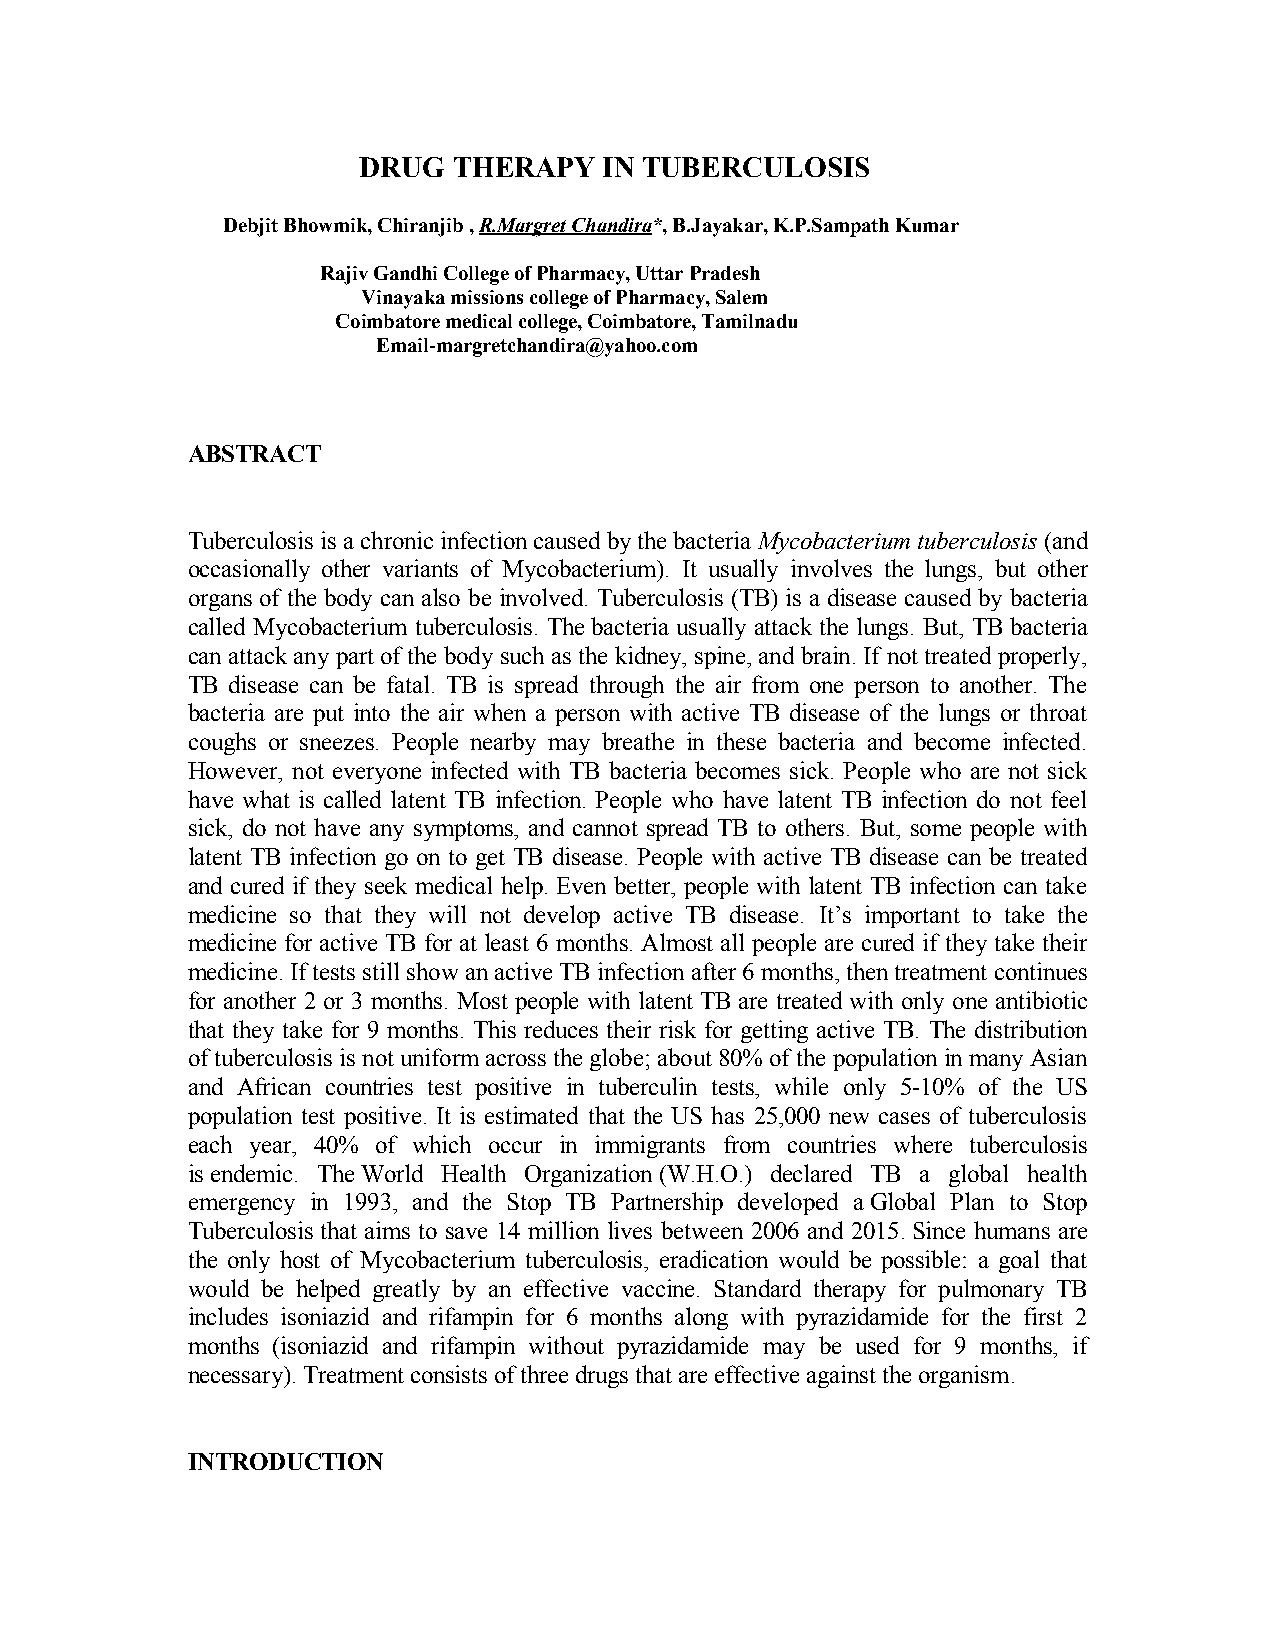
DRUG  THERAPY   IN TUBERCULOSIS
 Debjit Bhowmik, Chiranjib , R.Margret Chandira*, B.Jayakar, K.P.Sampath Kumar
 Rajiv Gandhi College of Pharmacy, Uttar Pradesh
 Vinayaka missions college of Pharmacy, Salem
 Coimbatore medical college, Coimbatore, Tamilnadu
 Email-margretchandira@yahoo.com
 ABSTRACT
 Tuberculosis is a chronic infection caused by the bacteria Mycobacterium tuberculosis (and
 occasionally other variants of Mycobacterium). It usually involves the lungs, but other
 organs of the body can also be involved. Tuberculosis (TB) is a disease caused by bacteria
 called Mycobacterium tuberculosis. The bacteria usually attack the lungs. But, TB bacteria
 can attack any part of the body such as the kidney, spine, and brain. If not treated properly,
 TB disease can be fatal. TB is spread through the air from one person to another. The
 bacteria are put into the air when a person with active TB disease of the lungs or throat
 coughs or sneezes. People nearby may breathe in these bacteria and become infected.
 However, not everyone infected with TB bacteria becomes sick. People who are not sick
 have what is called latent TB infection. People who have latent TB infection do not feel
 sick, do not have any symptoms, and cannot spread TB to others. But, some people with
 latent TB infection go on to get TB disease. People with active TB disease can be treated
 and cured if they seek medical help. Even better, people with latent TB infection can take
 medicine so that they will not develop active TB disease. It’s important to take the
 medicine for active TB for at least 6 months. Almost all people are cured if they take their
 medicine. If tests still show an active TB infection after 6 months, then treatment continues
 for another 2 or 3 months. Most people with latent TB are treated with only one antibiotic
 that they take for 9 months. This reduces their risk for getting active TB. The distribution
 of tuberculosis is not uniform across the globe; about 80% of the population in many Asian
 and African countries test positive in tuberculin tests, while only 5-10% of the US
 population test positive. It is estimated that the US has 25,000 new cases of tuberculosis
 each year, 40% of which occur in immigrants from countries where tuberculosis
 is endemic. The World Health Organization (W.H.O.) declared TB a global health
 emergency in 1993, and the Stop TB Partnership developed a Global Plan to Stop
 Tuberculosis that aims to save 14 million lives between 2006 and 2015. Since humans are
 the only host of Mycobacterium tuberculosis, eradication would be possible: a goal that
 would be helped greatly by an effective vaccine. Standard therapy for pulmonary TB
 includes isoniazid and rifampin for 6 months along with pyrazidamide for the first 2
 months (isoniazid and rifampin without pyrazidamide may be used for 9 months, if
 necessary). Treatment consists of three drugs that are effective against the organism.
 INTRODUCTION